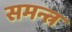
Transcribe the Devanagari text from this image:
समन्त्र